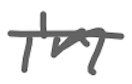
Text: in
Cross-out: double-line
Writing tool: digital_gray